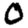
Digit: 0